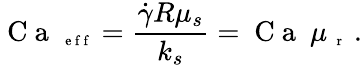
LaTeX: \mathrm{~C~a~}_{\mathrm{~\scriptsize~e~f~f~}}=\frac{\dot{\gamma}R\mu_{s}}{k_{s}}=\mathrm{~C~a~}\ \mu_{\mathrm{~\scriptsize~r~}}\ .